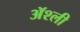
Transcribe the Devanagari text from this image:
ॲश्ली